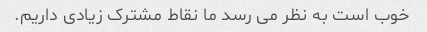
خوب است به نظر می رسد ما نقاط مشترک زیادی داریم.